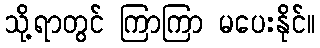
သို့ရာတွင် ကြာကြာ မပေးနိုင်။